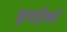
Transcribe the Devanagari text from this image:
इचहेंको